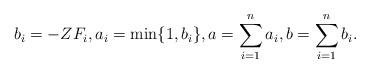
LaTeX: \begin{align*}b_i=-Z F_i, a_i = \min\{1, b_i\}, a=\sum_{i=1}^n a_i, b=\sum_{i=1}^n b_i.\end{align*}